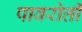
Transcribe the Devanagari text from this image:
पावरोत्ती